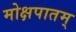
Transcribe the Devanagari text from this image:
मोक्षपातम्